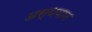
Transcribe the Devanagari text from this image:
अस्थवान